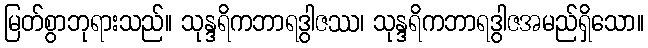
မြတ်စွာဘုရားသည်။ သုန္ဒရိကဘာရဒွါဇဿ၊ သုန္ဒရိကဘာရဒွါဇအမည်ရှိသော။